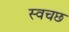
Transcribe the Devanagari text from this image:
स्वचछ